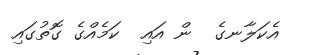
އެކަލާނގެ  ން އައި  ކަމެއްގެ ގޮތުގައި